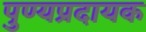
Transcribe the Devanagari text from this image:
पुण्यप्रदायक